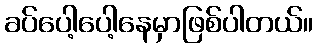
ခပ်ပေါ့ပေါ့နေမှာဖြစ်ပါတယ်။